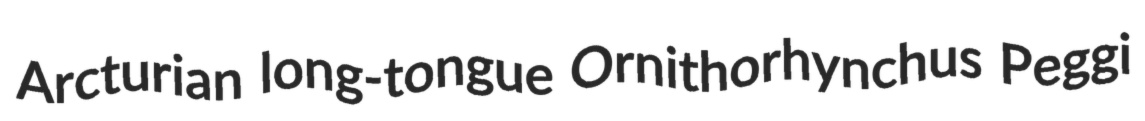
Arcturian long-tongue Ornithorhynchus Peggi